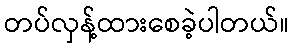
တပ်လှန့်ထားစေခဲ့ပါတယ်။